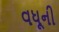
વધૂની